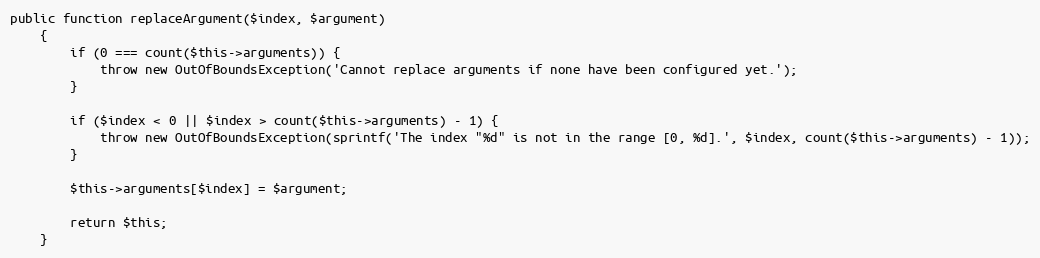
Language: PHP
public function replaceArgument($index, $argument)
    {
        if (0 === count($this->arguments)) {
            throw new OutOfBoundsException('Cannot replace arguments if none have been configured yet.');
        }

        if ($index < 0 || $index > count($this->arguments) - 1) {
            throw new OutOfBoundsException(sprintf('The index "%d" is not in the range [0, %d].', $index, count($this->arguments) - 1));
        }

        $this->arguments[$index] = $argument;

        return $this;
    }